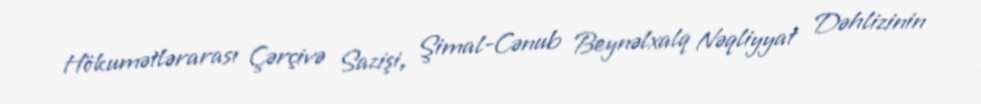
Hökumətlərarası Çərçivə Sazişi, Şimal-Cənub Beynəlxalq Nəqliyyat Dəhlizinin